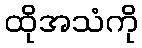
ထိုအသံကို